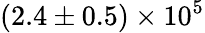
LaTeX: (2.4\pm 0.5)\times 10^{5}